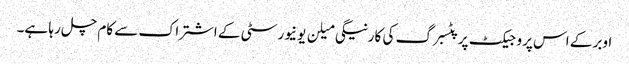
اوبر کے اس پروجیکٹ پر پٹسبرگ کی کارنیگی میلن یونیورسٹی کے اشتراک سے کام چل رہا ہے۔